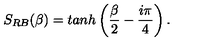
S _ { R B } ( \beta ) = t a n h \left( \frac { \beta } { 2 } - \frac { i \pi } { 4 } \right) .